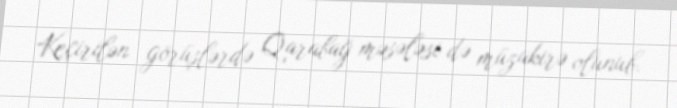
Keçirilən görüşlərdə Qarabağ məsələsi də müzakirə olunub.